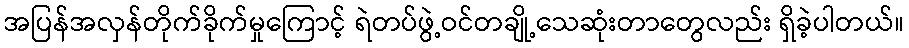
အပြန်အလှန်တိုက်ခိုက်မှုကြောင့် ရဲတပ်ဖွဲ့ဝင်တချို့သေဆုံးတာတွေလည်း ရှိခဲ့ပါတယ်။